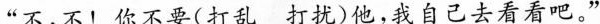
”不，不！你不要（打乱 打扰）他，我自己去看看吧。”